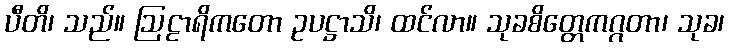
ပီတိ၊ သည်။ ဩဠာရိကတော ဥပဋ္ဌာသိ၊ ထင်လာ။ သုခစိတ္တေကဂ္ဂတာ၊ သုခ၊